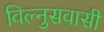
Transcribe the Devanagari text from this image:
विल्नुसवासी